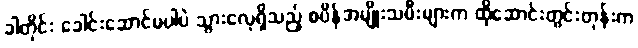
ခါတိုင်း ခေါင်းဆောင်မပါပဲ သွားလေ့ရှိသည့် စပိန်အမျိုးသမီးများက ထိုဆောင်းတွင်းတုန်းက